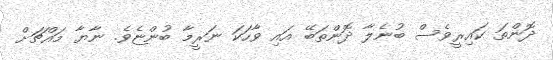
ދޮންތަ ކައިރީވެސް ބުނެލާ ދޮންތަބޭ އައި ވާހަކަ ނަރީމާ ބުންޏެވެ. ނާޔާ މައްޗަށް